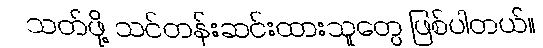
သတ်ဖို့ သင်တန်းဆင်းထားသူတွေ ဖြစ်ပါတယ်။